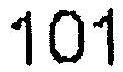
101